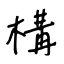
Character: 構